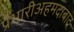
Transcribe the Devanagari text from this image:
प्रभारीअहमदाबाद